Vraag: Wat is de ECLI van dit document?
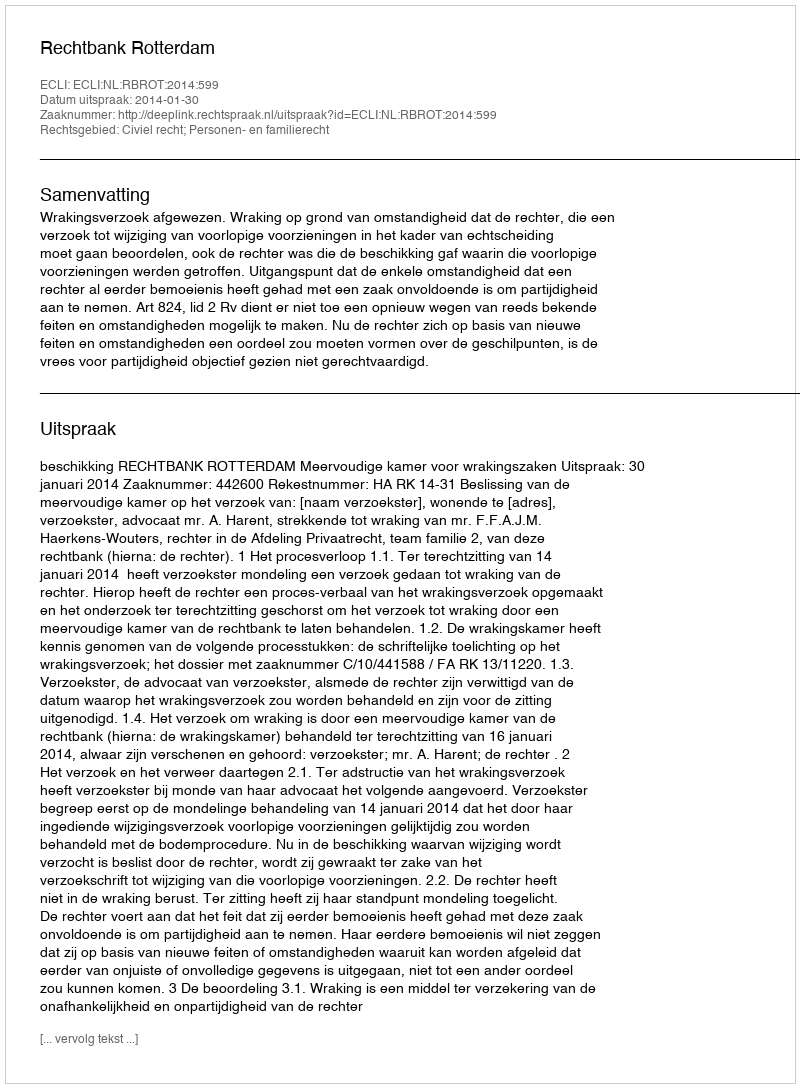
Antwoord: ECLI:NL:RBROT:2014:599